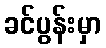
ခင်ပွန်းမှာ